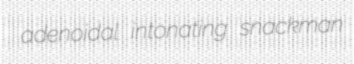
adenoidal intonating snackman